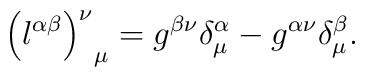
{\left( l^{\alpha \beta} \right)^{\nu}}_{\mu} = g^{\beta \nu}\delta_{\mu}^{\alpha} - g^{\alpha\nu}\delta_{\mu}^{\beta}.